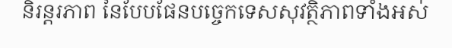
និរន្តរភាព នៃបែបផែនបច្ចេកទេសសុវត្ថិភាពទាំងអស់